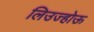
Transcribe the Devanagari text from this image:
लिउज्होऊ